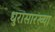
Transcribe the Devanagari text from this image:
धुरासारख्या